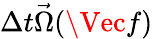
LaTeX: \Delta t\vec{\Omega}(\Vec{f})